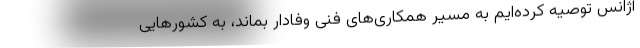
آژانس توصیه کرده‌ایم به مسیر همکاری‌های فنی وفادار بماند، به کشورهایی